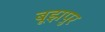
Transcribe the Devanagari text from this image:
बूझपुर